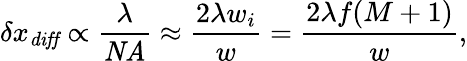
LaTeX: \delta x_{\mathit{diff}}\propto\frac{\lambda}{\mathit{NA}}\approx\frac{2\lambda w_{i}}{w}=\frac{2\lambda f(M+1)}{w},